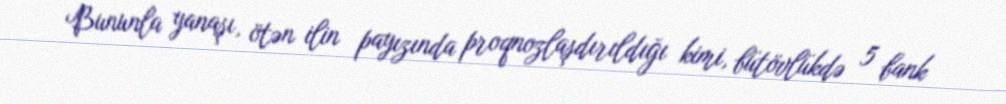
Bununla yanaşı, ötən ilin payızında proqnozlaşdırıldığı kimi, bütövlükdə 5 bank